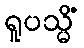
ရူပသ္မိံ